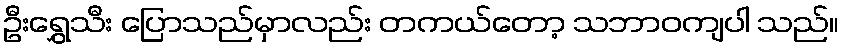
ဦးရွှေသီး ပြောသည်မှာလည်း တကယ်တော့ သဘာဝကျပါ သည်။